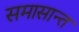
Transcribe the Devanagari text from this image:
समासान्त